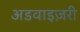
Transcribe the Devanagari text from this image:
अडवाइज़री